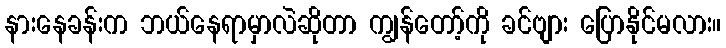
နားနေခန်းက ဘယ်နေရာမှာလဲဆိုတာ ကျွန်တော့်ကို ခင်ဗျား ပြောနိုင်မလား။